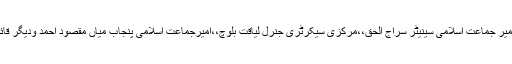
تنظیمی کنونشن سے امیر جماعت اسلامی سینیٹر سراج الحق،،مرکزی سیکرٹری جنرل لیاقت بلوچ،،امیرجماعت اسلامی پنجاب میاں مقصود احمد ودیگر قائدین خطاب کریں گے۔